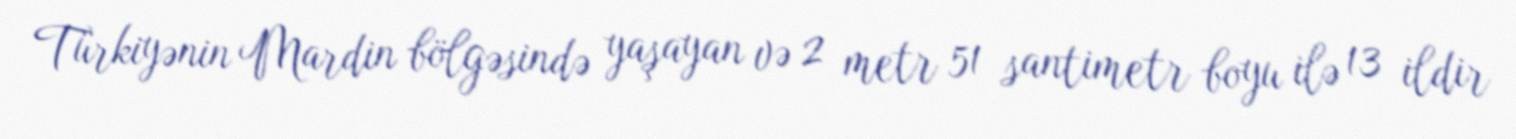
Türkiyənin Mardin bölgəsində yaşayan və 2 metr 51 santimetr boyu ilə 13 ildir